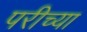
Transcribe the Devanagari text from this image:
परीच्या